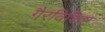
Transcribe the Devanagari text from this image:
गैरविशिष्ट